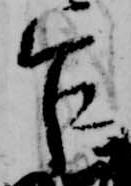
乍